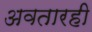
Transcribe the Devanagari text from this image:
अवतारही